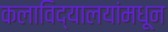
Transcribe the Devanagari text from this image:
कलाविद्यालयांमधून